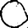
Digit: 0